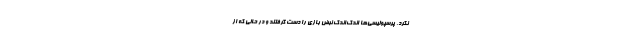
نکرد، پرسپولیسی‌ها اندک‌اندک نبض بازی را دست گرفتند و در حالی که از